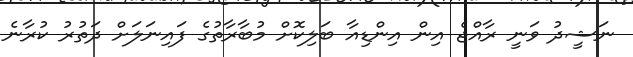
ނަޝީދު ވަނީ ރާއްޖެ އިން އިންޑިއާ ބަލިކޮށް މުބާރާތުގެ ފައިނަލަށް ދަތުރު ކުރާނެ